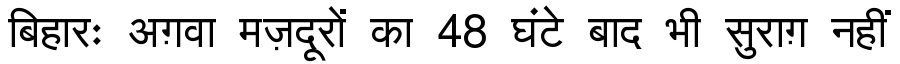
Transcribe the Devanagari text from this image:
बिहारः अग़वा मज़दूरों का 48 घंटे बाद भी सुराग़ नहीं